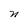
Character: n